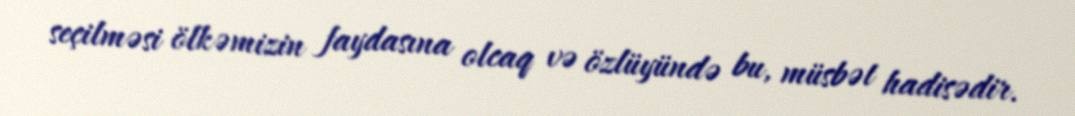
seçilməsi ölkəmizin faydasına olcaq və özlüyündə bu, müsbət hadisədir.